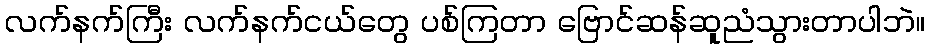
လက်နက်ကြီး လက်နက်ငယ်တွေ ပစ်ကြတာ ဗြောင်ဆန်ဆူညံသွားတာပါဘဲ။